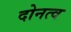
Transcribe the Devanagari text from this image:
दोनत्व